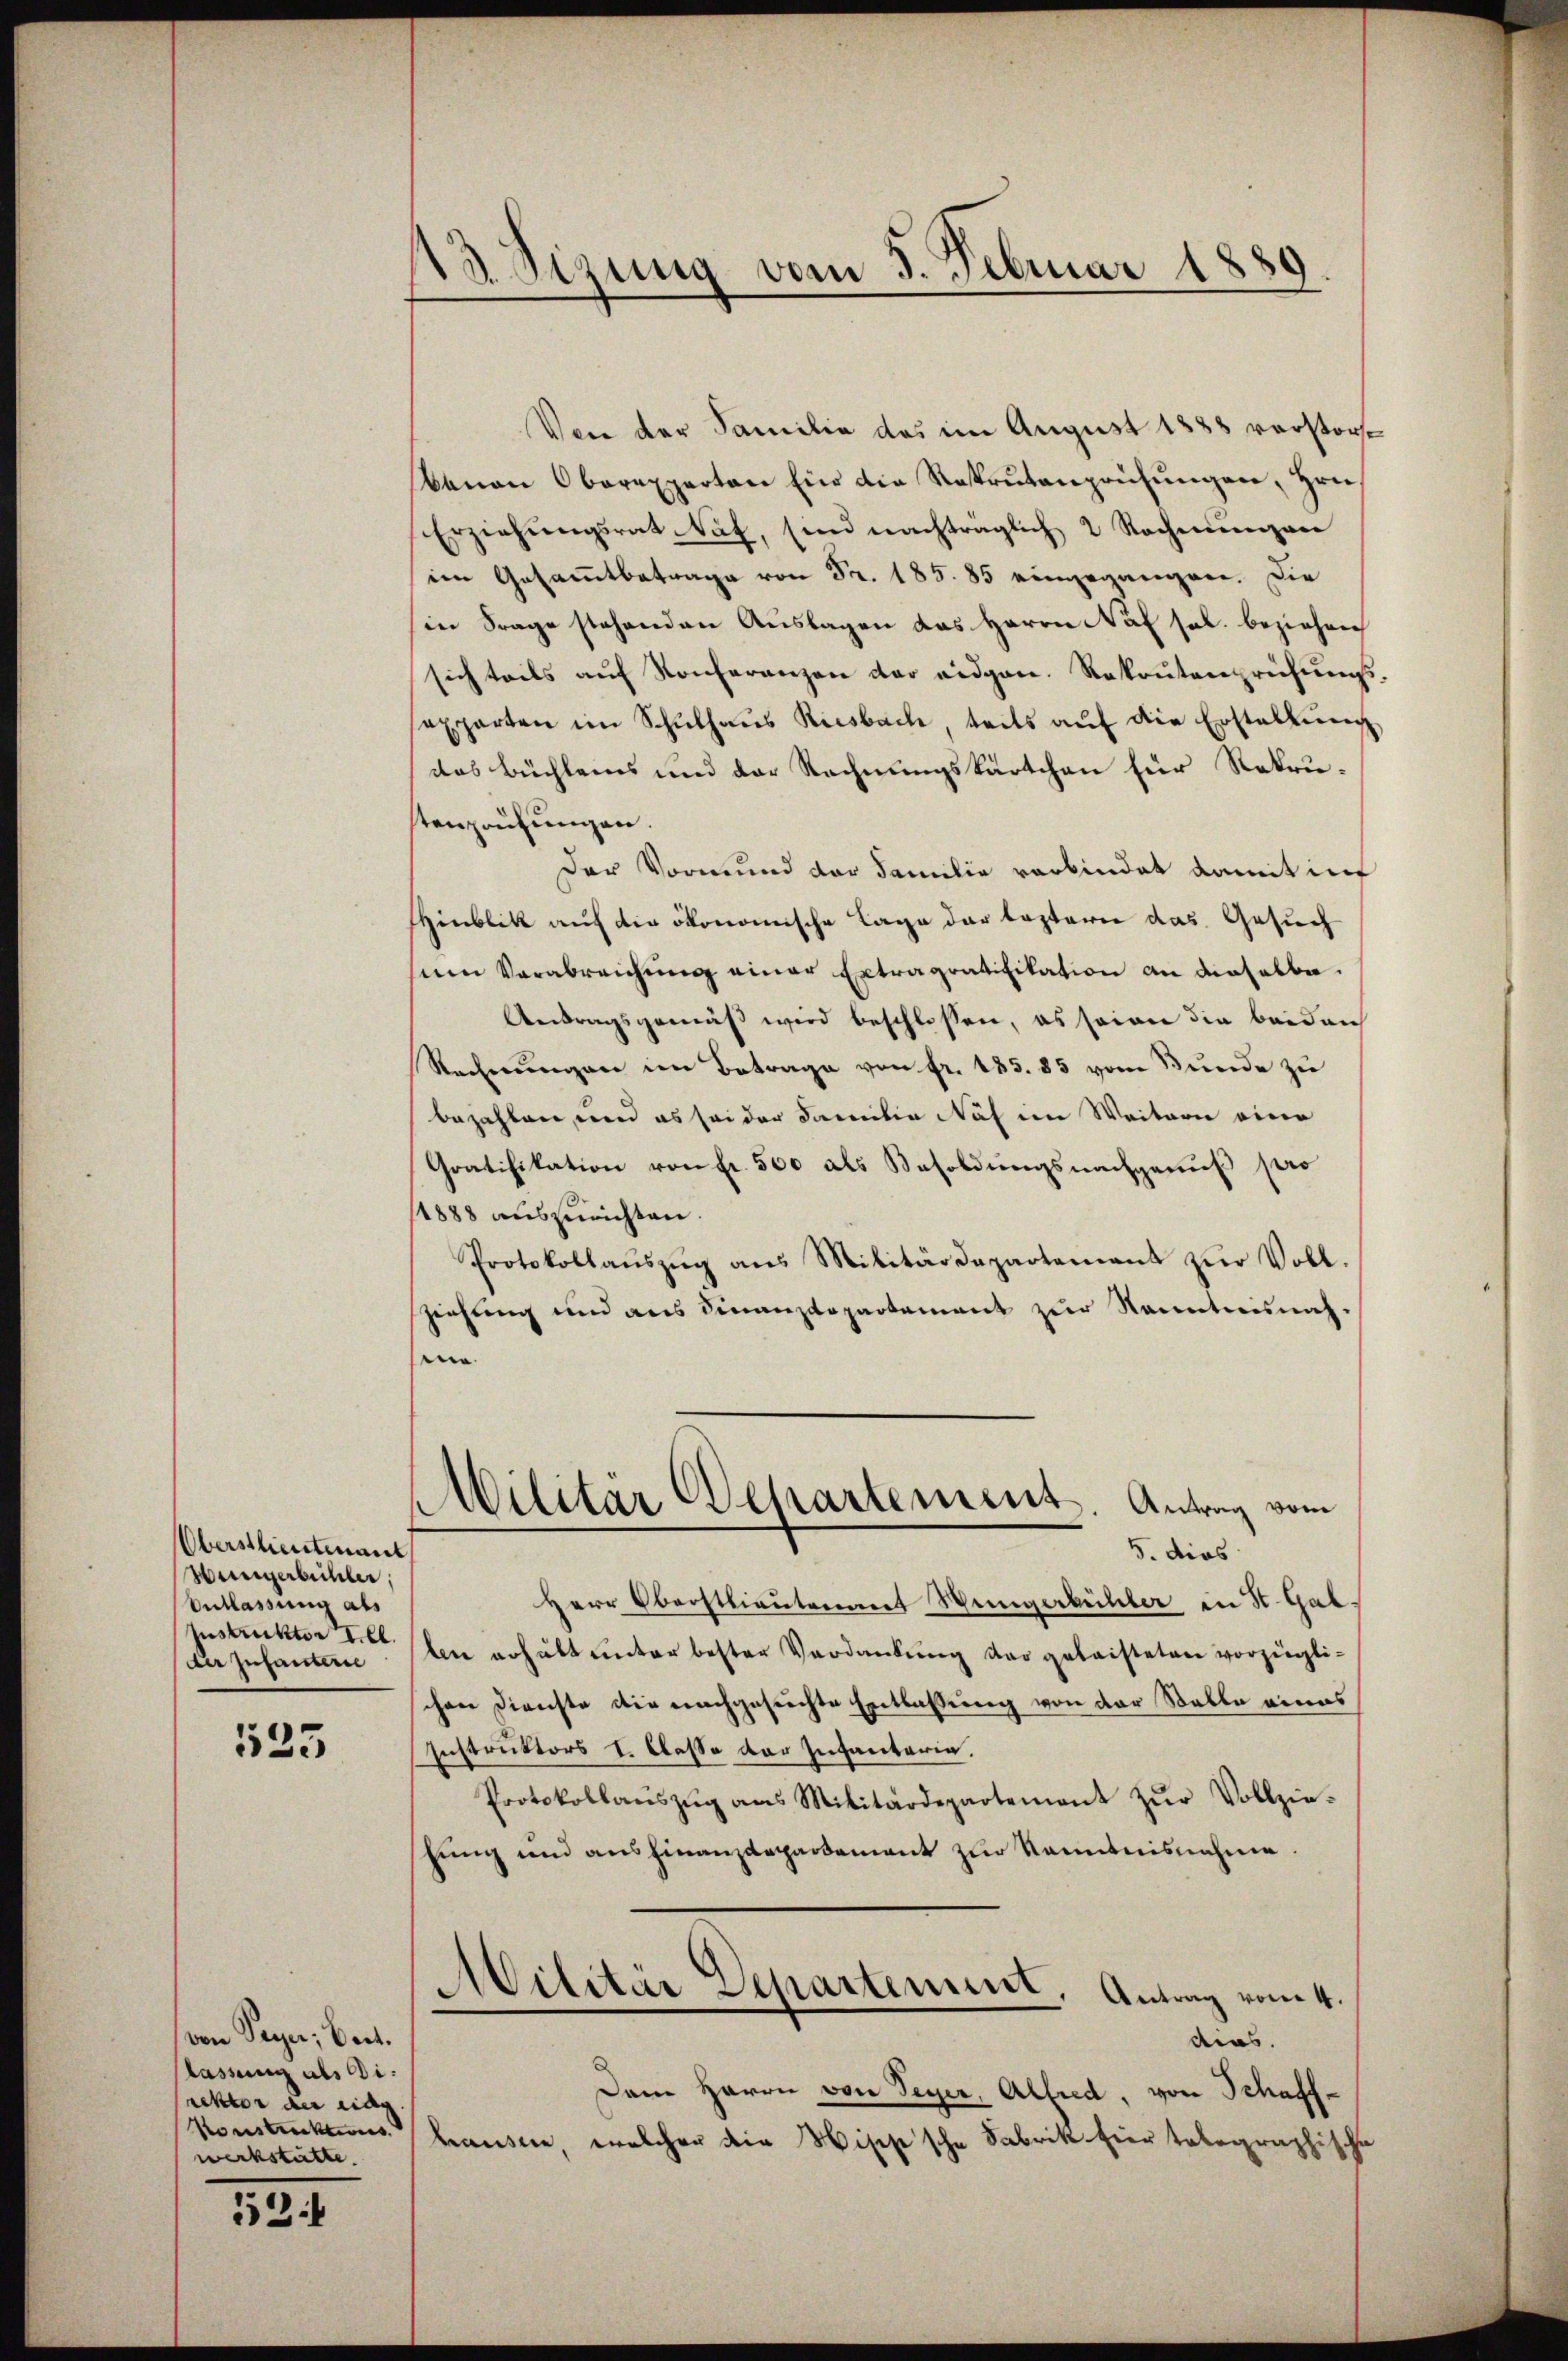
Oberstlieutenant
Vereigerbüchler,
Entlassung als
Instruktor Ill.
der Infanterie

535

von Peyer; beit.
lassung als Direktor der ring
Konstrecktens
werkstätte.

2:1

13. Sizung vom 5. Februar 1889

Von der Familie das im August 1883 verstorf¬
Bauan Oberexperten Ein die Rekrutenprüfŭngen, Hrn.
Erziehŭngsrat Naf, sind nachträglich 2 Rechnŭngen
im Gesammtbetrage von Sr. 185. 85 eingegangen. Die
(in Frage stehenden Auslagen das Herrn Näf sol. beziehen
sich teils aŭf Konferenzen der eidgen. Rekrutenprüfungs
sexparten im Schŭlhaŭs Riesbach, teils aŭf die Erstellŭng
das Büchleins und der Rechnungskärtchen für Rekrutenprüfungen.
Der Vormund der Familie verbindet damit in
HHinblick auf die ökonomische Lage der leztere das Gesuch
um Verabreichung einer Ertragratifikation an dieselbe.
Antragsgemäß wird beschlossen, es seien die beiden
Rechnŭngen im Betrage von fr. 185. 85 vom Bunde zu
bezahlen, wird es sei der Familia Näf im Weitern einen
Gratifikation von Fr. 500 als Besoldungsnachgenuß pro
1888 auszurichten.
Protokollaŭszŭg ans Militärdepartement zŭr Voll.
ziehung und aus Finanzdepartement zur Kenntnisnahme.
e
Militär Departement. Antrag vom
5. dies
Herr Oberstlieutenant Weingerbücher in St. Gal
len erhält unter bester Verdankung der geleisteten vorzüglichen Dienste die nachgesuchte Entlassung von der Stelle eines
Instruktors I. Classe der Infantaria.
Protokollanszŭg ans Militärdepartement zŭr Vollzie-
hung und ausfinanzdepartement zur Kenntnisnahme.
Militär Departement, Antrag vom 4.
dios.
Dem Herrn von Seyer, Alfred, von Schaffhausen, welcher die Wisse sche Fabrik hier telegraphische